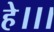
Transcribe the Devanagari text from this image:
हे।।।